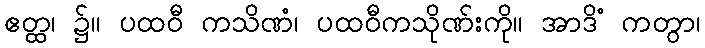
ဧတ္ထ၊ ၌။ ပထဝီ ကသိဏံ၊ ပထဝီကသိုဏ်းကို။ အာဒိံ ကတွာ၊